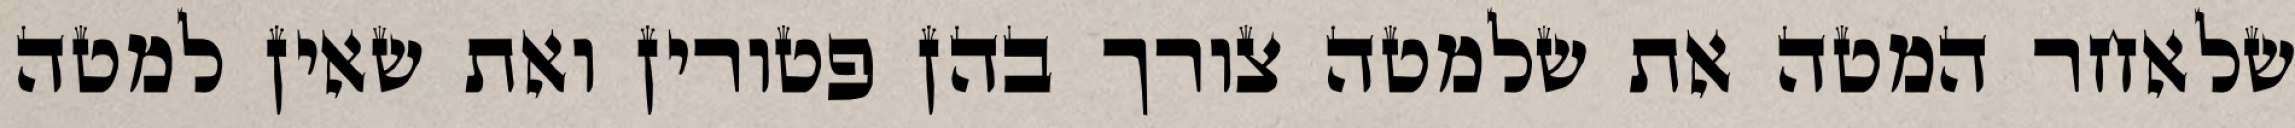
שלאחר המטה את שלמטה צורך בהן פטורין ואת שאין למטה